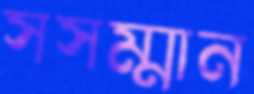
সসম্মান